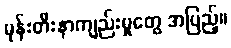
မုန်းတီးနာကျည်းမှုတွေ အပြည့်။